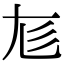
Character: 𡯎